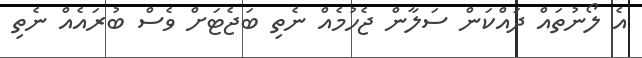
އެ ލޯނުތައް ދައްކަން ސަލާން ޖެހުމެއް ނެތި ބަޖެޓަށް ވެސް ބުރައެއް ނެތި